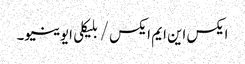
ایکس این ایم ایکس / بلیکلی ایوینیو۔